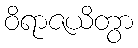
ဝိရာဇယိတွာ